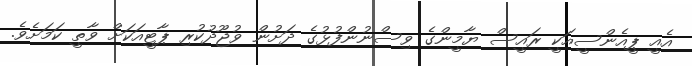
އެއީ ޕީއެންސީއަކީ ރައީސް ޔާމީންގެ ވިސްނުންފުޅުގެ ދަށުން ވުޖޫދުކުރި ޕާޓީއަކަށް ވާތީ ކަމަށެވެ.